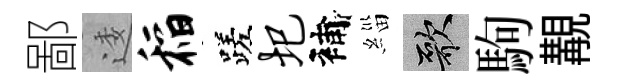
鄙逶稻蹉圯補緇歌駒覯